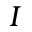
I